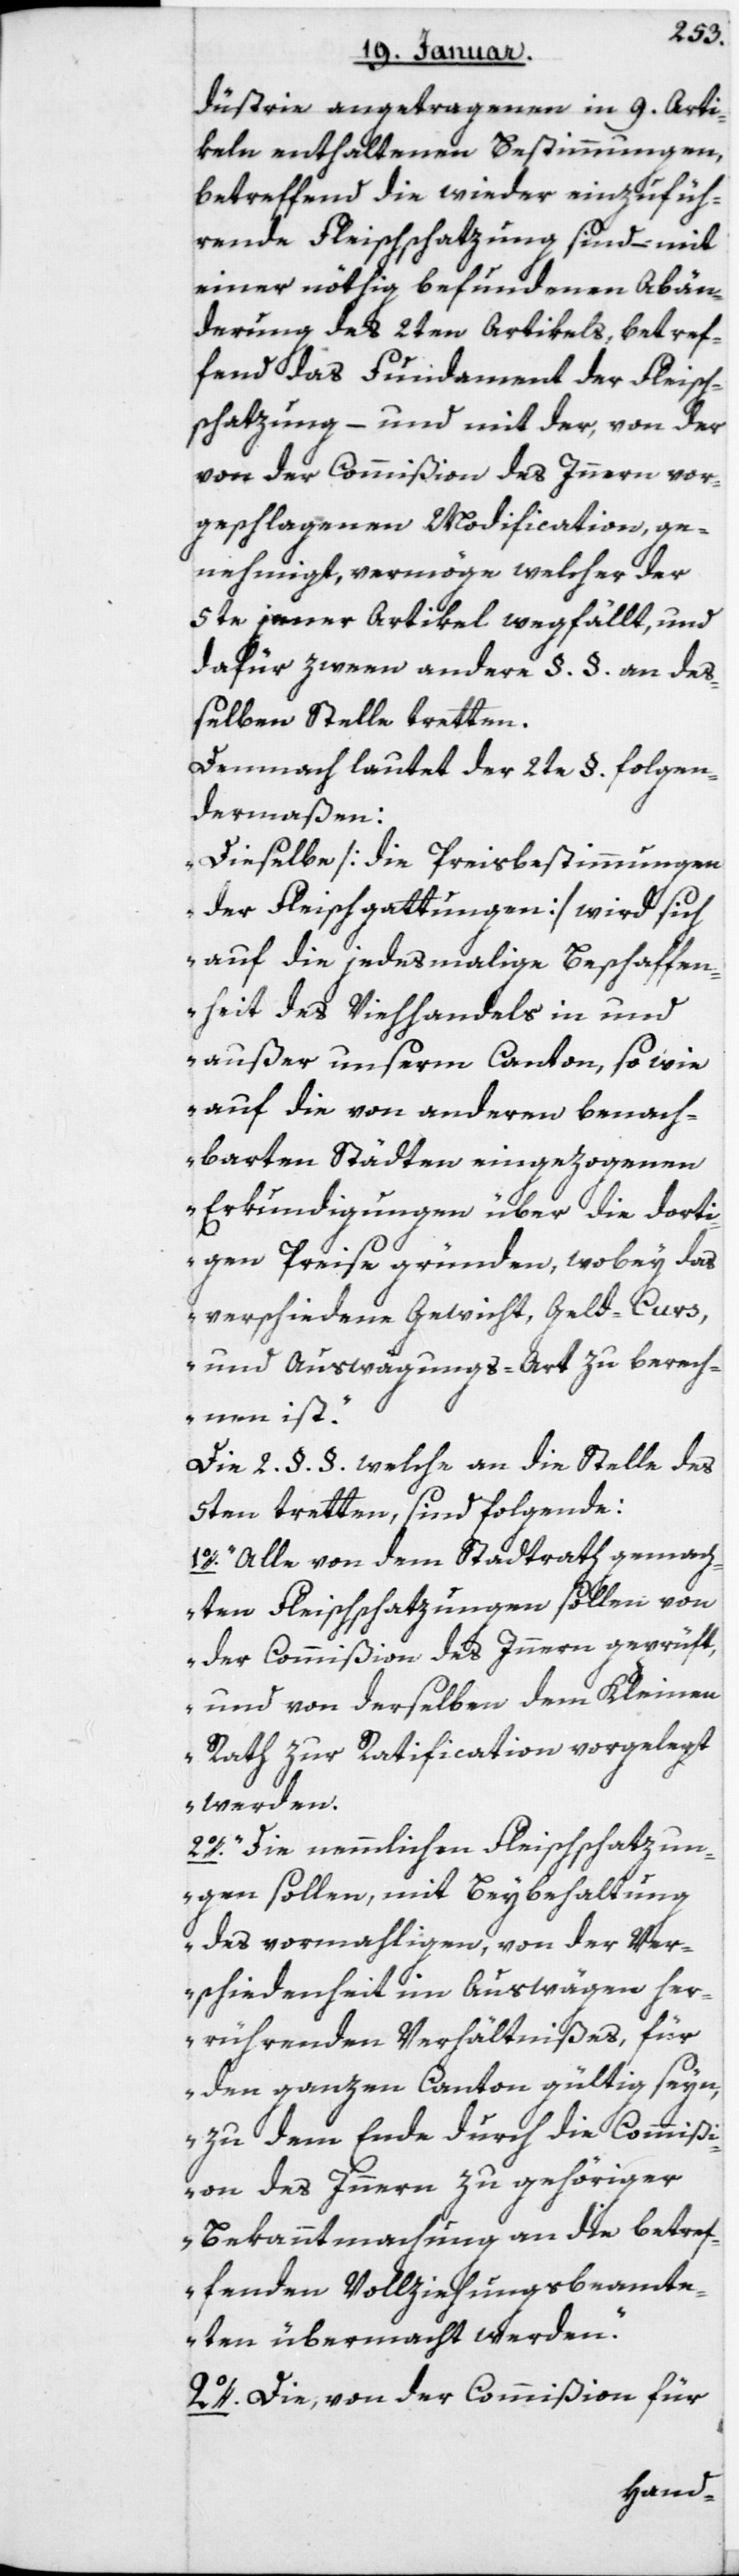
dustrie angetragenen in 9 Arti¬
keln enthaltenen Bestimmungen,
betreffend die wieder einzufüh¬
rende Fleischschatzung sind, – mit
einer nöthig befundenen Abän¬
derung des 2ten Artikels, betref¬
fend das Fundament der Fleisch¬
schatzung, – und mit der, von de¬
geschlagenen Modification, ge¬
nehmigt, vermöge welcher der
5te jener Artikel wegfällt, und
dafür zween andere §§ an de¬
ßelben Stelle tretten.
Demnach lautet der 2te §§ folgen¬
dermaßen:
„Dieselbe (die Preisbestimmungen
der Fleischgattungen) wird sich
auf die jedesmalige Beschaffen¬
heit des Viehhandels in und
außer unserm Canton, sowie
auf die von anderen benach¬
barten Städten eingezogenen
Erkundigungen über die dorti¬
gen Preise gründen, wobey das
verschiedene Gewicht, Geld-Curs
und Auswägungs-Art zu berech¬
nen ist“.
5ten tretten, sind Folgende:
1. „Alle von dem Stadtrath gemach¬
ten Fleischschatzungen sollen von
der Commißion des Innern geprüft,
und von derselben dem Kleinen
Rath zur Ratification vorgelegt
werden.“
2. „Die nämlichen Fleischschatzun¬
gen sollen, mit Beybehaltung
des vormahligen, von der Ver¬
schiedenheit im Auswägen her¬
rührenden Verhältnißes, für
den ganzen Canton gültig seyn,
zu dem Ende durch die Commißi¬
on des Innern zu gehöriger
Bekanntmachung an die betref¬
fenden Vollziehungsbeamte¬
ten übermacht werden.“
2. Die, von der Commißion für